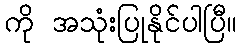
ကို အသုံးပြုနိုင်ပါပြီ။